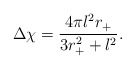
\begin{align*}\Delta \chi = \frac{4 \pi l^2 r_+}{3r_+ ^2 + l^2} .\end{align*}